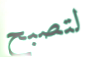
لتصبح